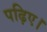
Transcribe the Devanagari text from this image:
पढ़िए।